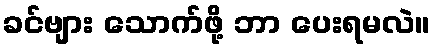
ခင်ဗျား သောက်ဖို့ ဘာ ပေးရမလဲ။